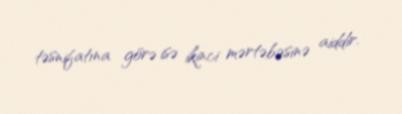
təsnifatına görə isə ikinci mərtəbəsinə aiddir.